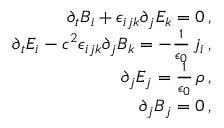
\begin{array} { r l r } & { } & { \partial _ { t } B _ { i } + \epsilon _ { i j k } \partial _ { j } E _ { k } = 0 \, , } \\ & { } & { \partial _ { t } E _ { i } - c ^ { 2 } \epsilon _ { i j k } \partial _ { j } B _ { k } = - \frac { 1 } { \epsilon _ { 0 } } \, j _ { i } \, , } \\ & { } & { \partial _ { j } E _ { j } = \frac { 1 } { \epsilon _ { 0 } } \, \rho \, , } \\ & { } & { \partial _ { j } B _ { j } = 0 \, , } \end{array}